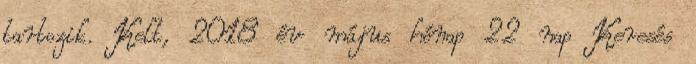
tartozik. Kelt, 2018 év május hónap 22 nap Keresés